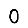
Digit: 0